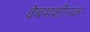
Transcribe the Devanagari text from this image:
वेबमशीनवर